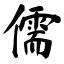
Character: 儒